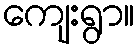
ကျေးရွာ။